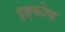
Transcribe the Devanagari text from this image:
दृष्ट्कोण